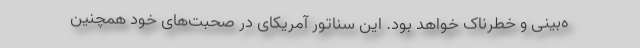
ه‌بینی و خطر‌ناک خواهد بود. این سناتور آمریکای در صحبت‌های خود همچنین